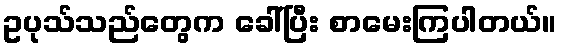
ဥပုသ်သည်တွေက ခေါ်ပြီး စာမေးကြပါတယ်။